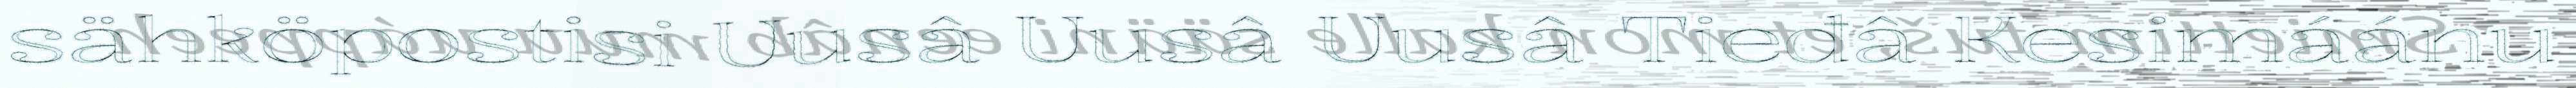
sähköpostisi Uusâ Uusâ Uusâ Tieđâ Kesimáánu